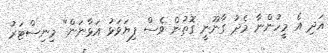
އަދި އެ މީހުންނާ މެދު ގާނޫނީ ގޮތުން ވެސް ފިޔަވަޅު އަޅާނަން" މިނިސްޓަރު